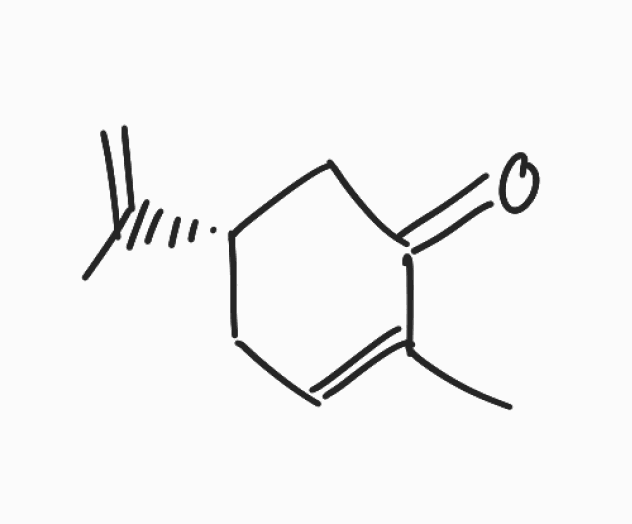
Simplified molecular-input line-entry system (SMILES) notation of the given molecule:
CC1=CC[C@@H](CC1=O)C(=C)C